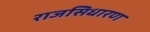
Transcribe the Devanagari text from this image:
राजसिधारण